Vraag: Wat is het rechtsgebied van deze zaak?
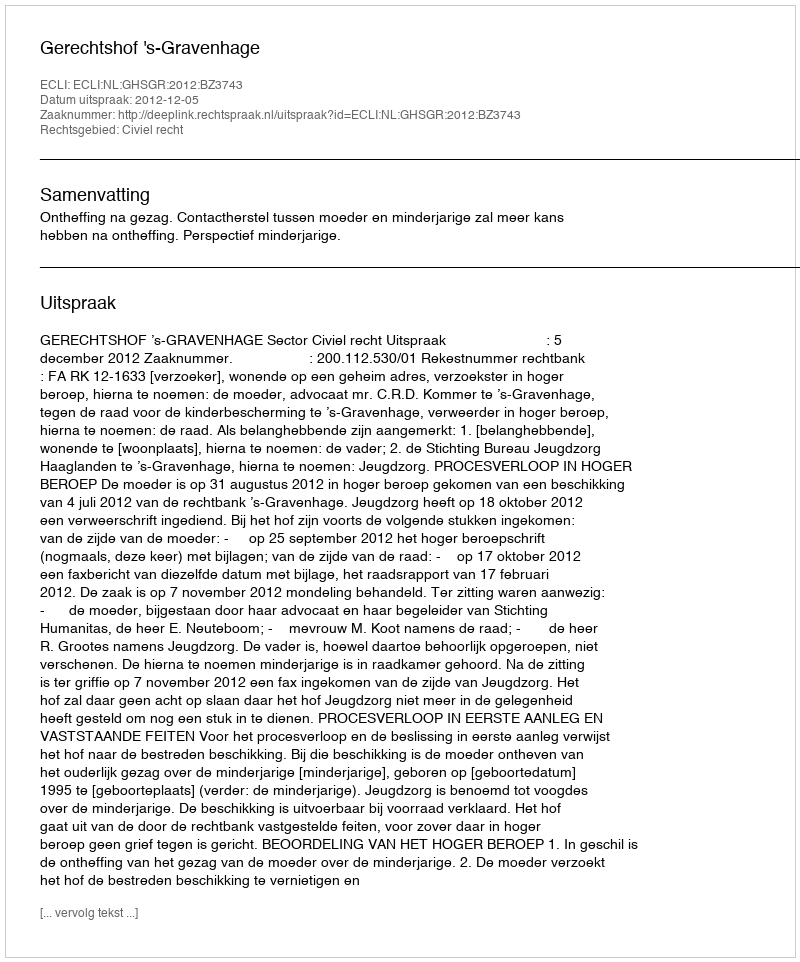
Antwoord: Civiel recht